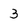
Character: 3